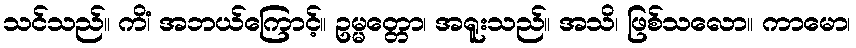
သင်သည်။ ကိံ၊ အဘယ်ကြောင့်။ ဥမ္မတ္တော၊ အရူးသည်။ အသိ၊ ဖြစ်သလော။ ကာမော၊